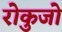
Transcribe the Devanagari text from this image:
रोकुजो